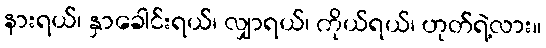
နားရယ်၊ နှာခေါင်းရယ်၊ လျှာရယ်၊ ကိုယ်ရယ်၊ ဟုတ်ရဲ့လား။